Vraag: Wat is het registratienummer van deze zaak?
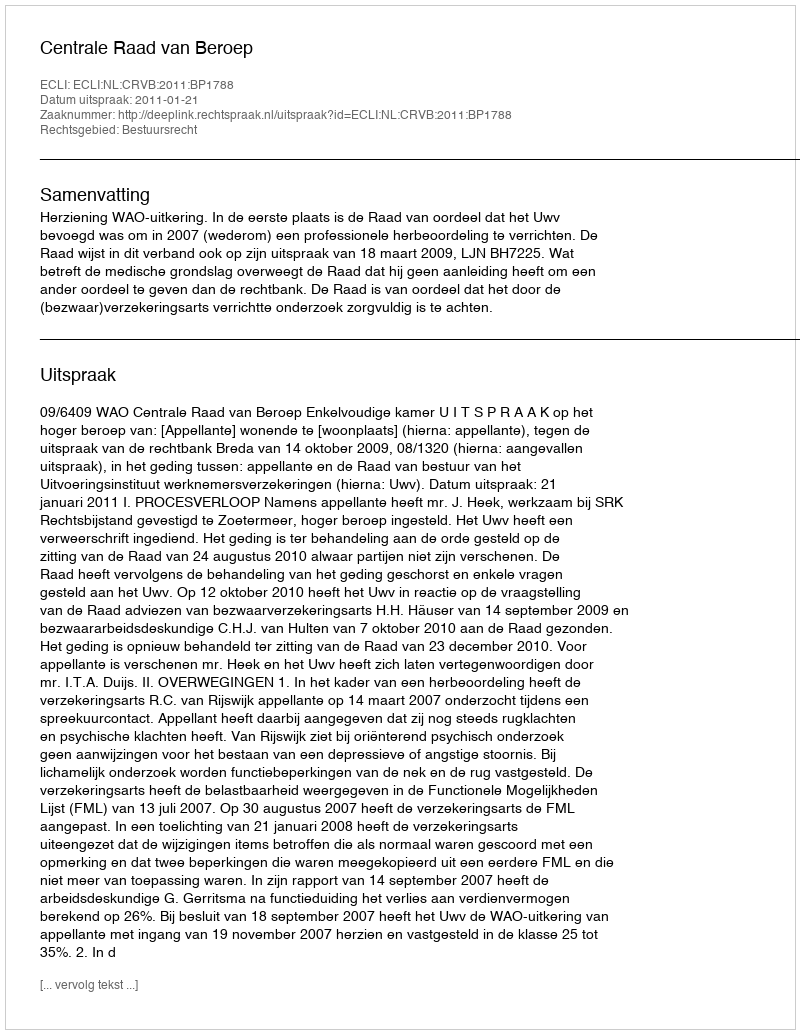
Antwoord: http://deeplink.rechtspraak.nl/uitspraak?id=ECLI:NL:CRVB:2011:BP1788